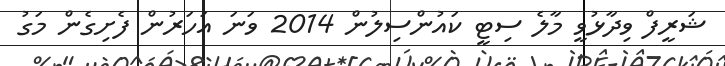
ޝަރީފް ވިދާޅުވީ މާލެ ސިޓީ ކައުންސިލުން 2014 ވަނަ އަހަރުން ފެށިގެން މަގު